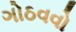
ગોઠવવો